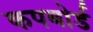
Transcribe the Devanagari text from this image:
कपबोर्ड